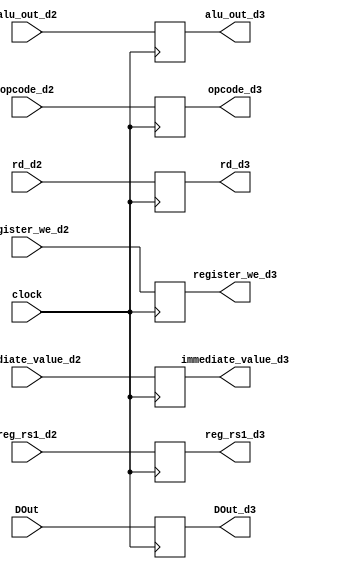
module delay_input3(clock,reg_rs1_d2,alu_out_d2,immediate_value_d2,opcode_d2,register_we_d2,rd_d2,DOut,reg_rs1_d3,alu_out_d3,immediate_value_d3,opcode_d3,rd_d3,register_we_d3,DOut_d3);

output reg[31:0] reg_rs1_d3,alu_out_d3,immediate_value_d3, DOut_d3;
output reg[5:0] opcode_d3;
output reg[4:0] rd_d3;
output reg register_we_d3;

input [31:0] reg_rs1_d2,alu_out_d2,immediate_value_d2, DOut;
input [5:0] opcode_d2;
input [4:0] rd_d2;
input register_we_d2,clock;

always@(posedge clock)
begin

reg_rs1_d3 <= reg_rs1_d2;
alu_out_d3 <= alu_out_d2;
immediate_value_d3 <= immediate_value_d2;
DOut_d3 <= DOut;
opcode_d3 <= opcode_d2;
rd_d3 <= rd_d2;
register_we_d3 <= register_we_d2;

end
endmodule